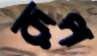
রূপ